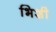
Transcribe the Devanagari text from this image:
भिशी